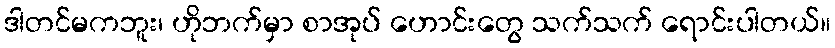
ဒါတင်မကဘူး၊ ဟိုဘက်မှာ စာအုပ် ဟောင်းတွေ သက်သက် ရောင်းပါတယ်။